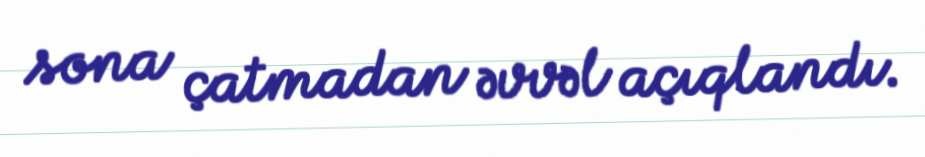
sona çatmadan əvvəl açıqlandı.